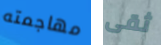
مهاجمته ثقى